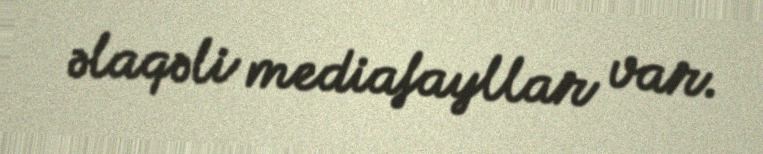
əlaqəli mediafayllar var.